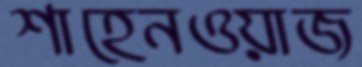
শাহেনওয়াজ